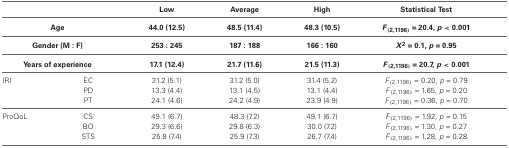
|  |  | Low | Average | High | Statistical Test |
 | <COLSPAN=2> Age | 44.0 (12.5) | 48.5 (11.4) | 48.3 (10.5) | F(2,1196) = 20.4, p < 0.001 |
 | <COLSPAN=2> Gender (M : F) | 253 : 245 | 187 : 188 | 166 : 160 | X2 = 0.1, p = 0.95 |
 | <COLSPAN=2> Years of experience | 17.1 (12.4) | 21.7 (11.6) | 21.5 (11.3) | F(2,1196) = 20.7, p < 0.001 |
 | --- | --- | --- | --- | --- | --- |
 | <ROWSPAN=3> IRI | EC | 31.2 (5.1) | 31.2 (5.0) | 31.4 (5.2) | F(2,1196) = 0.20, p = 0.79 |
 | PD | 13.3 (4.4) | 13.1 (4.5) | 13.1 (4.4) | F(2,1196) = 1.65, p = 0.20 |
 | PT | 24.1 (4.6) | 24.2 (4.9) | 23.9 (4.9) | F(2,1196) = 0.36, p = 0.70 |
 | <ROWSPAN=3> ProQoL | CS | 49.1 (6.7) | 48.3 (7.2) | 49.1 (6.7) | F(2,1196) = 1.92, p = 0.15 |
 | BO | 29.3 (6.6) | 29.8 (6.3) | 30.0 (7.2) | F(2,1196) = 1.30, p = 0.27 |
 | STS | 25.8 (7.4) | 25.9 (7.3) | 26.7 (7.4) | F(2,1196) = 1.28, p = 0.28 |